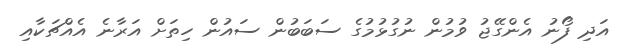
އަދި ފޯނު އެންގޭޖު ވުމުން ނުގުޅުމުގެ ސަބަބުން ސައުން ހިތަށް އަރާނެ އެއްޗަކާއި